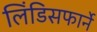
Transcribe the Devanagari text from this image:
लिंडिसफार्ने